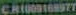
CR100D16897T